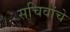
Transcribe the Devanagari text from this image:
सचिवांचे